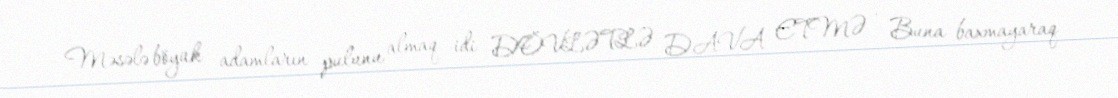
Məsələ böyük adamların pulunu almaq idi DÖVLƏTLƏ DAVA ETMƏ - Buna baxmayaraq